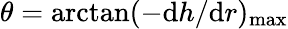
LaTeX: \theta=\arctan(-\mathrm{d}h/\mathrm{d}r)_{\mathrm{max}}